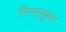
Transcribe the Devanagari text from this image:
निम्नासुनार